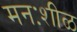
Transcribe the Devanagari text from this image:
मनःशीळ